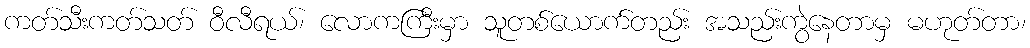
ကတ်သီးကတ်သတ် ဝီလီရယ်၊ လောကကြီးမှာ သူတစ်ယောက်တည်း အသည်းကွဲနေတာမှ မဟုတ်တာ၊